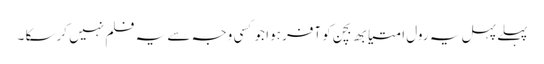
پہلے پہل یہ رول امتیابھ بچن کو آفر ہوا جو کسی وجہ سے یہ فلم نہیں کرسکا ۔